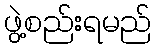
ဖွဲ့စည်းရမည်